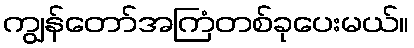
ကျွန်တော်အကြံတစ်ခုပေးမယ်။